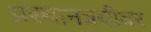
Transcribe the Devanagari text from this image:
प्रस्थानत्रयीवर